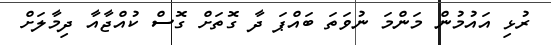
ރުޅި އައުމުން މަންމަ ނުވަތަ ބައްޕަ ދާ ގޮތަށް ގޮސް ކުއްޖާއާ ދިމާލަށް